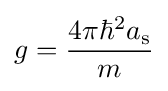
g={\frac {4\pi \hbar ^{2}a_{\mathrm {s} }}{m}}